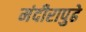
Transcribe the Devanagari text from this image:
मंदीरापुढे